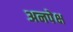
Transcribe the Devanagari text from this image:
अनपेक्ष